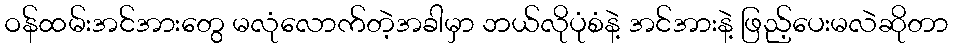
ဝန်ထမ်းအင်အားတွေ မလုံလောက်တဲ့အခါမှာ ဘယ်လိုပုံစံနဲ့ အင်အားနဲ့ ဖြည့်ပေးမလဲဆိုတာ